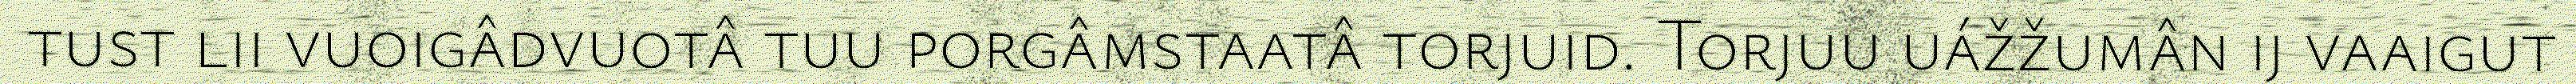
tust lii vuoigâdvuotâ tuu porgâmstaatâ torjuid. Torjuu uážžumân ij vaaigut